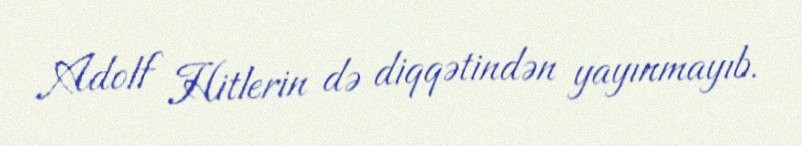
Adolf Hitlerin də diqqətindən yayınmayıb.